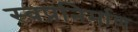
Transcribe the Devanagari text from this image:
स्वप्ननिर्माण